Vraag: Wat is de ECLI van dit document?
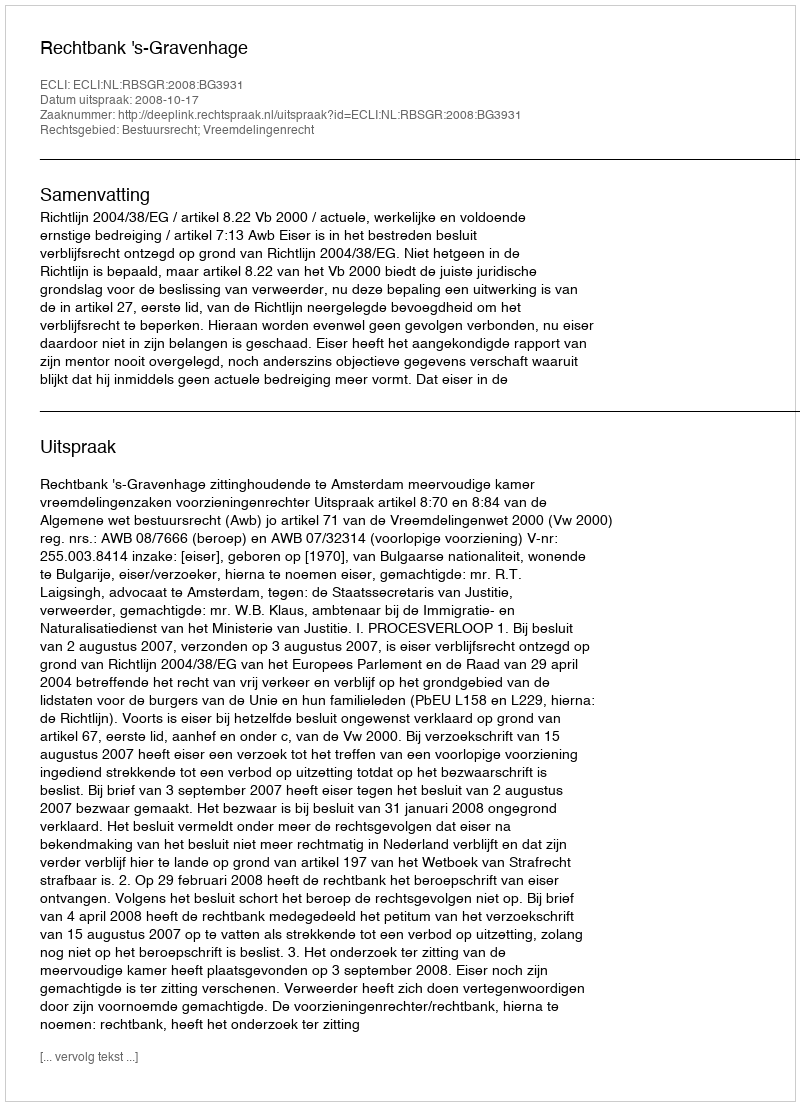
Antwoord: ECLI:NL:RBSGR:2008:BG3931